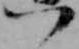
つ